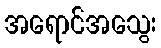
အရောင်အသွေး